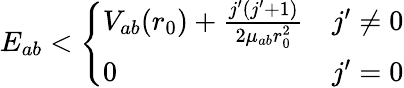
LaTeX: E_{ab}<\left\{ \begin{array}{ll}{V_{ab}(r_{0})+\frac{j^{\prime}(j^{\prime}+1)}{2\mu_{ab}r_{0}^{2}}}&{j^{\prime}\neq 0}\\ {0}&{j^{\prime}=0}\end{array}\right.